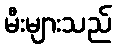
မီးများသည်